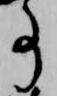
事